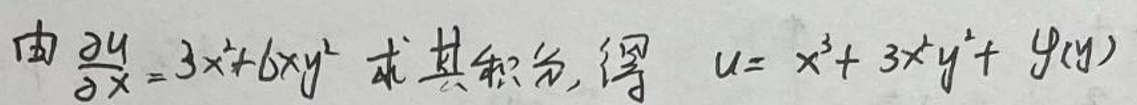
由 $\frac{\partial u}{\partial x}=3x^{2}+6xy^{2}$ 求其积分, 得 $u = x^{3}+3x^{2}y^{2}+\varphi(y)$